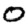
Digit: 0